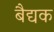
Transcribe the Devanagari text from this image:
बैद्यक